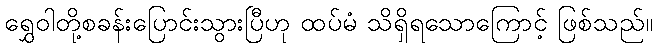
ရွှေဝါတို့စခန်းပြောင်းသွားပြီဟု ထပ်မံ သိရှိရသောကြောင့် ဖြစ်သည်။